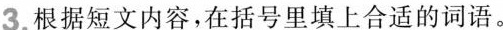
3.根据短文内容，在括号里填上合适的词语。